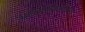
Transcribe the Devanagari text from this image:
अतिसम्वेदनशीलता